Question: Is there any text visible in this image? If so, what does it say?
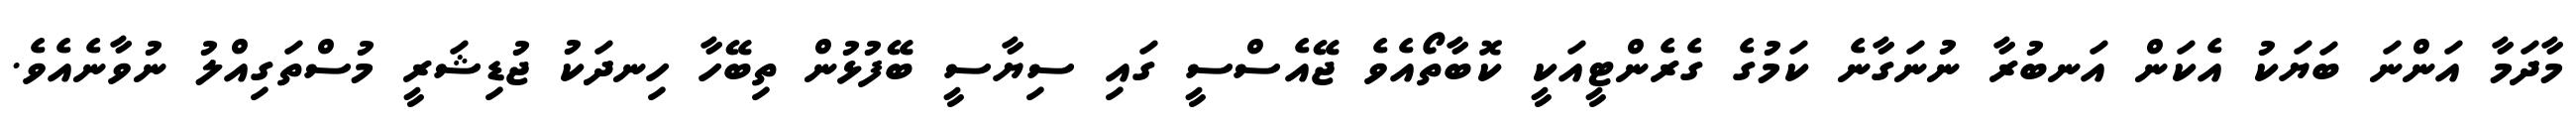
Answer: މާދަމާ އަންނަ ބަޔަކު އެކަން އަނބުރާ ނުނަގާނެ ކަމުގެ ގެރެންޓީއަކީ ކޮބާތޯއެވެ ޖޭއެސްސީ ގައި ސިޔާސީ ބޭފުޅުން ތިބޭހާ ހިނދަކު ޖުޑިޝަރީ މުސްތަގިއްލު ނުވާނެއެވެ.